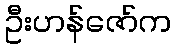
ဦးဟန်ဇော်က